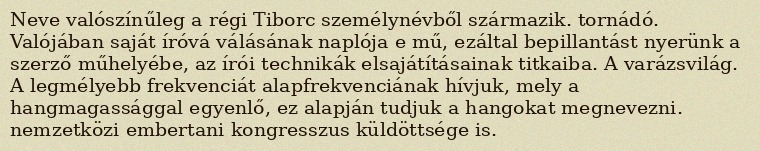
Neve valószínűleg a régi Tiborc személynévből származik. tornádó. Valójában saját íróvá válásának naplója e mű, ezáltal bepillantást nyerünk a szerző műhelyébe, az írói technikák elsajátításainak titkaiba. A varázsvilág. A legmélyebb frekvenciát alapfrekvenciának hívjuk, mely a hangmagassággal egyenlő, ez alapján tudjuk a hangokat megnevezni. nemzetközi embertani kongresszus küldöttsége is.